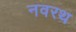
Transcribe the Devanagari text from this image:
नवरथ